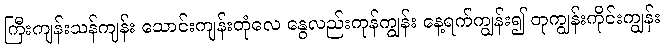
ကြီးကျန်းသန်ကျန်း သောင်းကျန်းတုံလေ နွေလည်းကုန်ကျွန်း နေ့ရက်ကျွန်း၍ တုကျွန်းကိုင်းကျွန်း